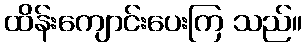
ထိန်းကျောင်းပေးကြ သည်။